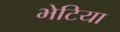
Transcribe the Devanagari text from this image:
भेटिया